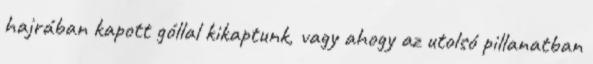
hajrában kapott góllal kikaptunk, vagy ahogy az utolsó pillanatban